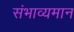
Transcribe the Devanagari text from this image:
संभाव्यमान